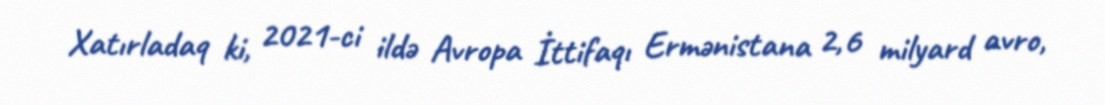
Xatırladaq ki, 2021-ci ildə Avropa İttifaqı Ermənistana 2,6 milyard avro,